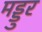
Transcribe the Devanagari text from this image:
मड्डुर